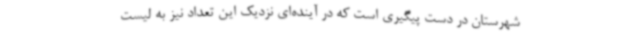
شهرستان در دست پیگیری است که در آینده‌ای نزدیک این تعداد نیز به لیست